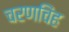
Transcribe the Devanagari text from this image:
चरणचिंह